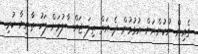
ގެއިން ނުކުންނަން އުޅުމުން ދެ އަތް ތިލަ ޖައްސާލުމަށް ފަހު ތާނިޔާ ކުރި